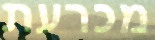
מכרעת